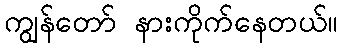
ကျွန်တော် နားကိုက်နေတယ်။